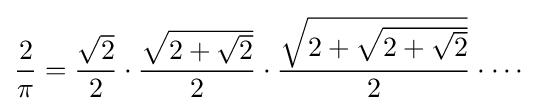
{\frac {2}{\pi }}={\frac {\sqrt {2}}{2}}\cdot {\frac {\sqrt {2+{\sqrt {2}}}}{2}}\cdot {\frac {\sqrt {2+{\sqrt {2+{\sqrt {2}}}}}}{2}}\cdot \cdots